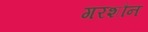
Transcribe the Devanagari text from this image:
गरशौन